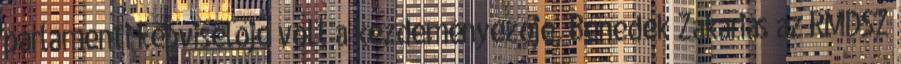
parlamenti képviselője volt a kezdeményezője, Benedek Zakariás az RMDSZ